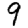
Digit: 9